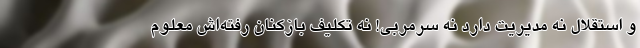
و استقلال نه مدیریت دارد نه سرمربی! نه تکلیف بازکنان رفته‌اش معلوم